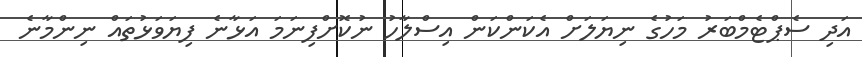
އަދި ސެޕްޓެމްބަރު މަހުގެ ނިޔަލަށް އެކަންކަން އިސްލާހު ނުކޮށްފިނަމަ އަޅާނެ ފިޔަވަޅުތައް ނިންމާނެ